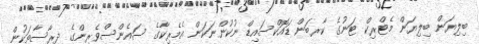
ބިލިޔަން ބިލިޔަން މެޓްރިކް ޓަނުގެ ކާރބަން ޑައޮކްސައިޑް ނުކުންނަކަން އެމެރިކާގެ ސައެންސްވެރިންގެ ދިރާސާތަކުން